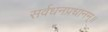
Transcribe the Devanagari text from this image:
सर्वधनप्रधानम्॥